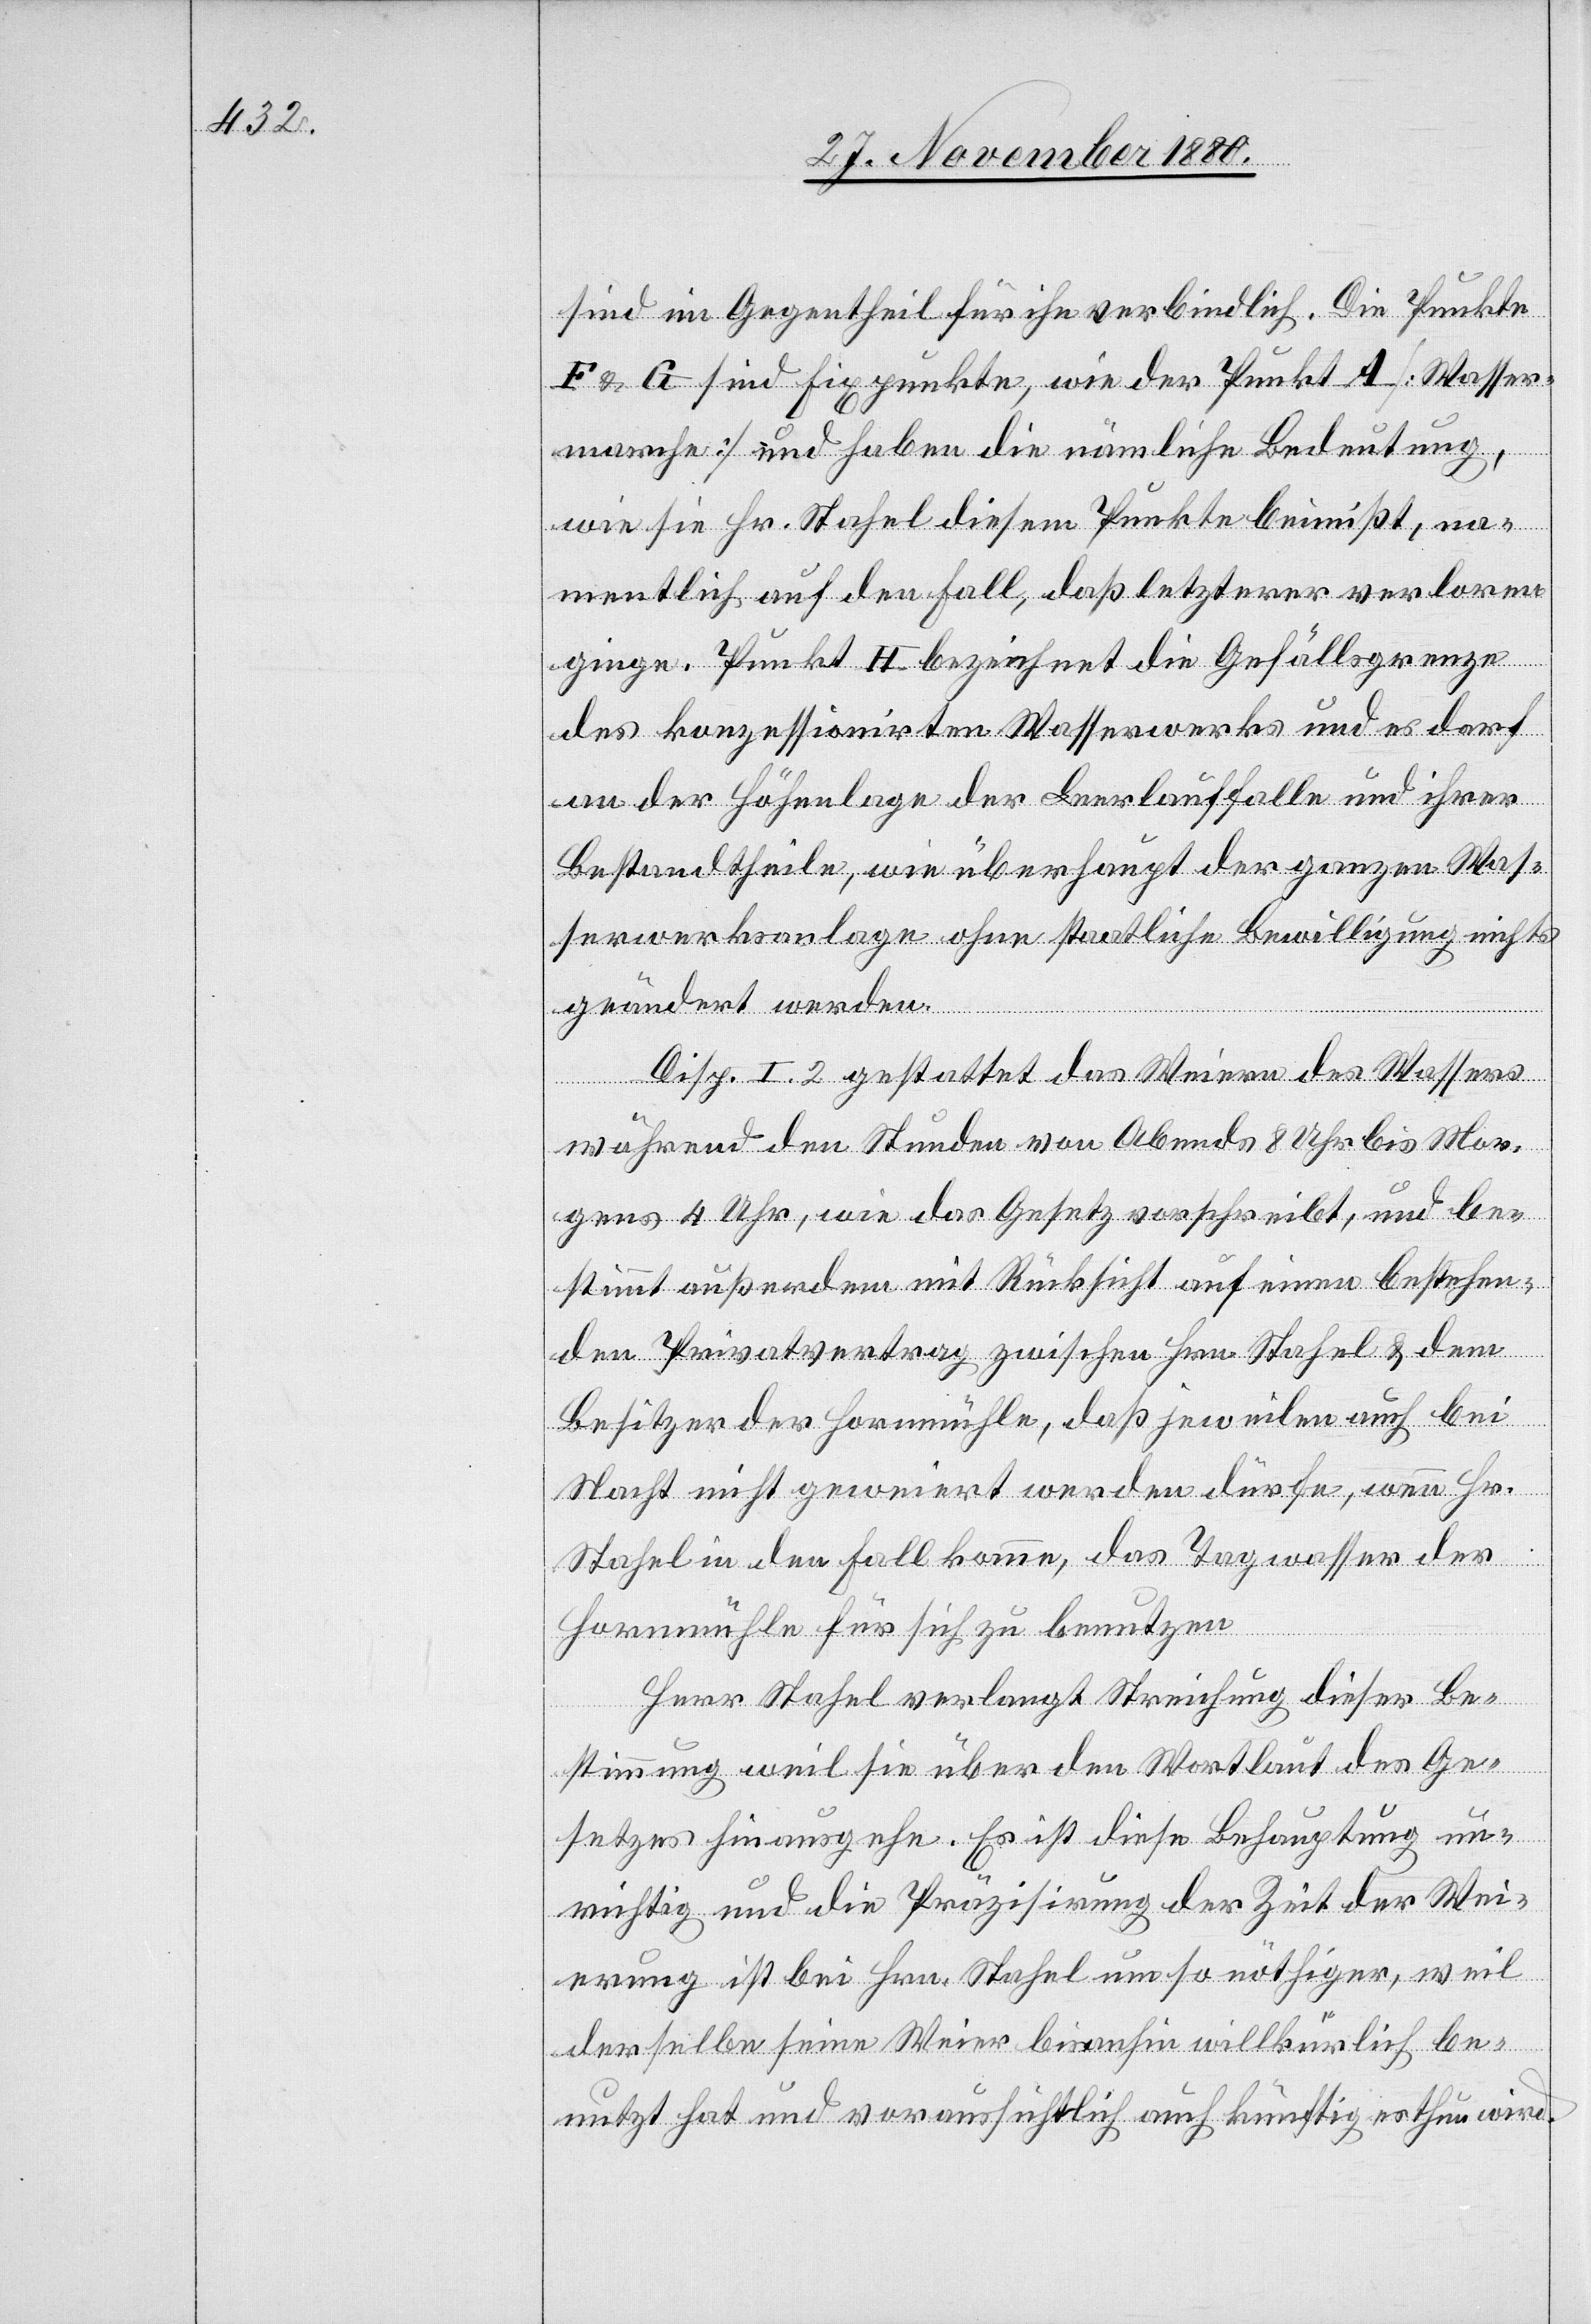
sind im Gegentheil für ihn verbindlich. Die Punkte
F & G sind Fixpunkte, wie der Punkt A [Wasser¬
marche] und haben die nämliche Bedeutung,
wie sie Hr. Stahel diesem Punkte beimißt, na¬
mentlich auf den Fall, daß letzterer verloren
ginge. Punkt H bezeichnet die Gefällsgrenze
des konzessionirten Wasserwerks und es darf
an der Höhenlage der Leerlauffalle und ihrer
Bestandtheile, wie überhaupt der ganzen Was¬
serwerksanlage ohne staatliche Bewilligung nichts
geändert werden.
Disp. I. 2 gestattet das Weiern des Wassers
während den Stunden von Abends 8 Uhr bis Mor¬
gens 4 Uhr, wie das Gesetz vorschreibt, und be¬
stimmt außerdem mit Rücksicht auf einen bestehen¬
den Privatvertrag zwischen Hrn. Stahel & dem
Besitzer der Hornmühle, daß jeweilen auch bei
Nacht nicht geweiert werden dürfe, wenn Hr.
Stahel in den Fall komme, das Tagwasser der
Hornmühle für sich zu benutzen.
Herr Stahel verlangt Streichung dieser Be¬
stimmung weil sie über den Wortlaut des Ge¬
setzes hinausgehe. Es ist diese Behauptung un¬
richtig und die Präzisirung der Zeit der Wei¬
erung ist bei Hrn. Stahel um so nöthiger, weil
derselbe seine Weier bisanhin willkürlich be¬
nutzt hat und voraussichtlich auch künftig es thun wird.